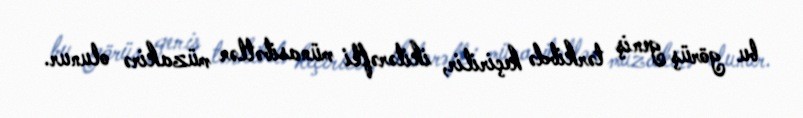
bu görüş geniş tərkibdə keçirilir, ikitərəfli münasibətlər müzakirə olunur.